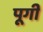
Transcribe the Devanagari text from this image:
पूगी